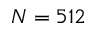
N = 5 1 2